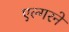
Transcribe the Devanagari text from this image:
एल्गरने